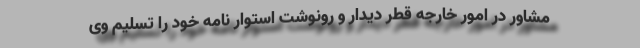
مشاور در امور خارجه قطر دیدار و رونوشت استوار نامه خود را تسلیم وی